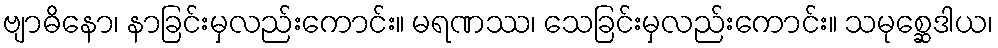
ဗျာဓိနော၊ နာခြင်းမှလည်းကောင်း။ မရဏဿ၊ သေခြင်းမှလည်းကောင်း။ သမုစ္ဆေဒါယ၊